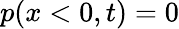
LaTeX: p(x<0,t)=0